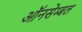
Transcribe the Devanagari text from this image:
ऑनसेम्बल